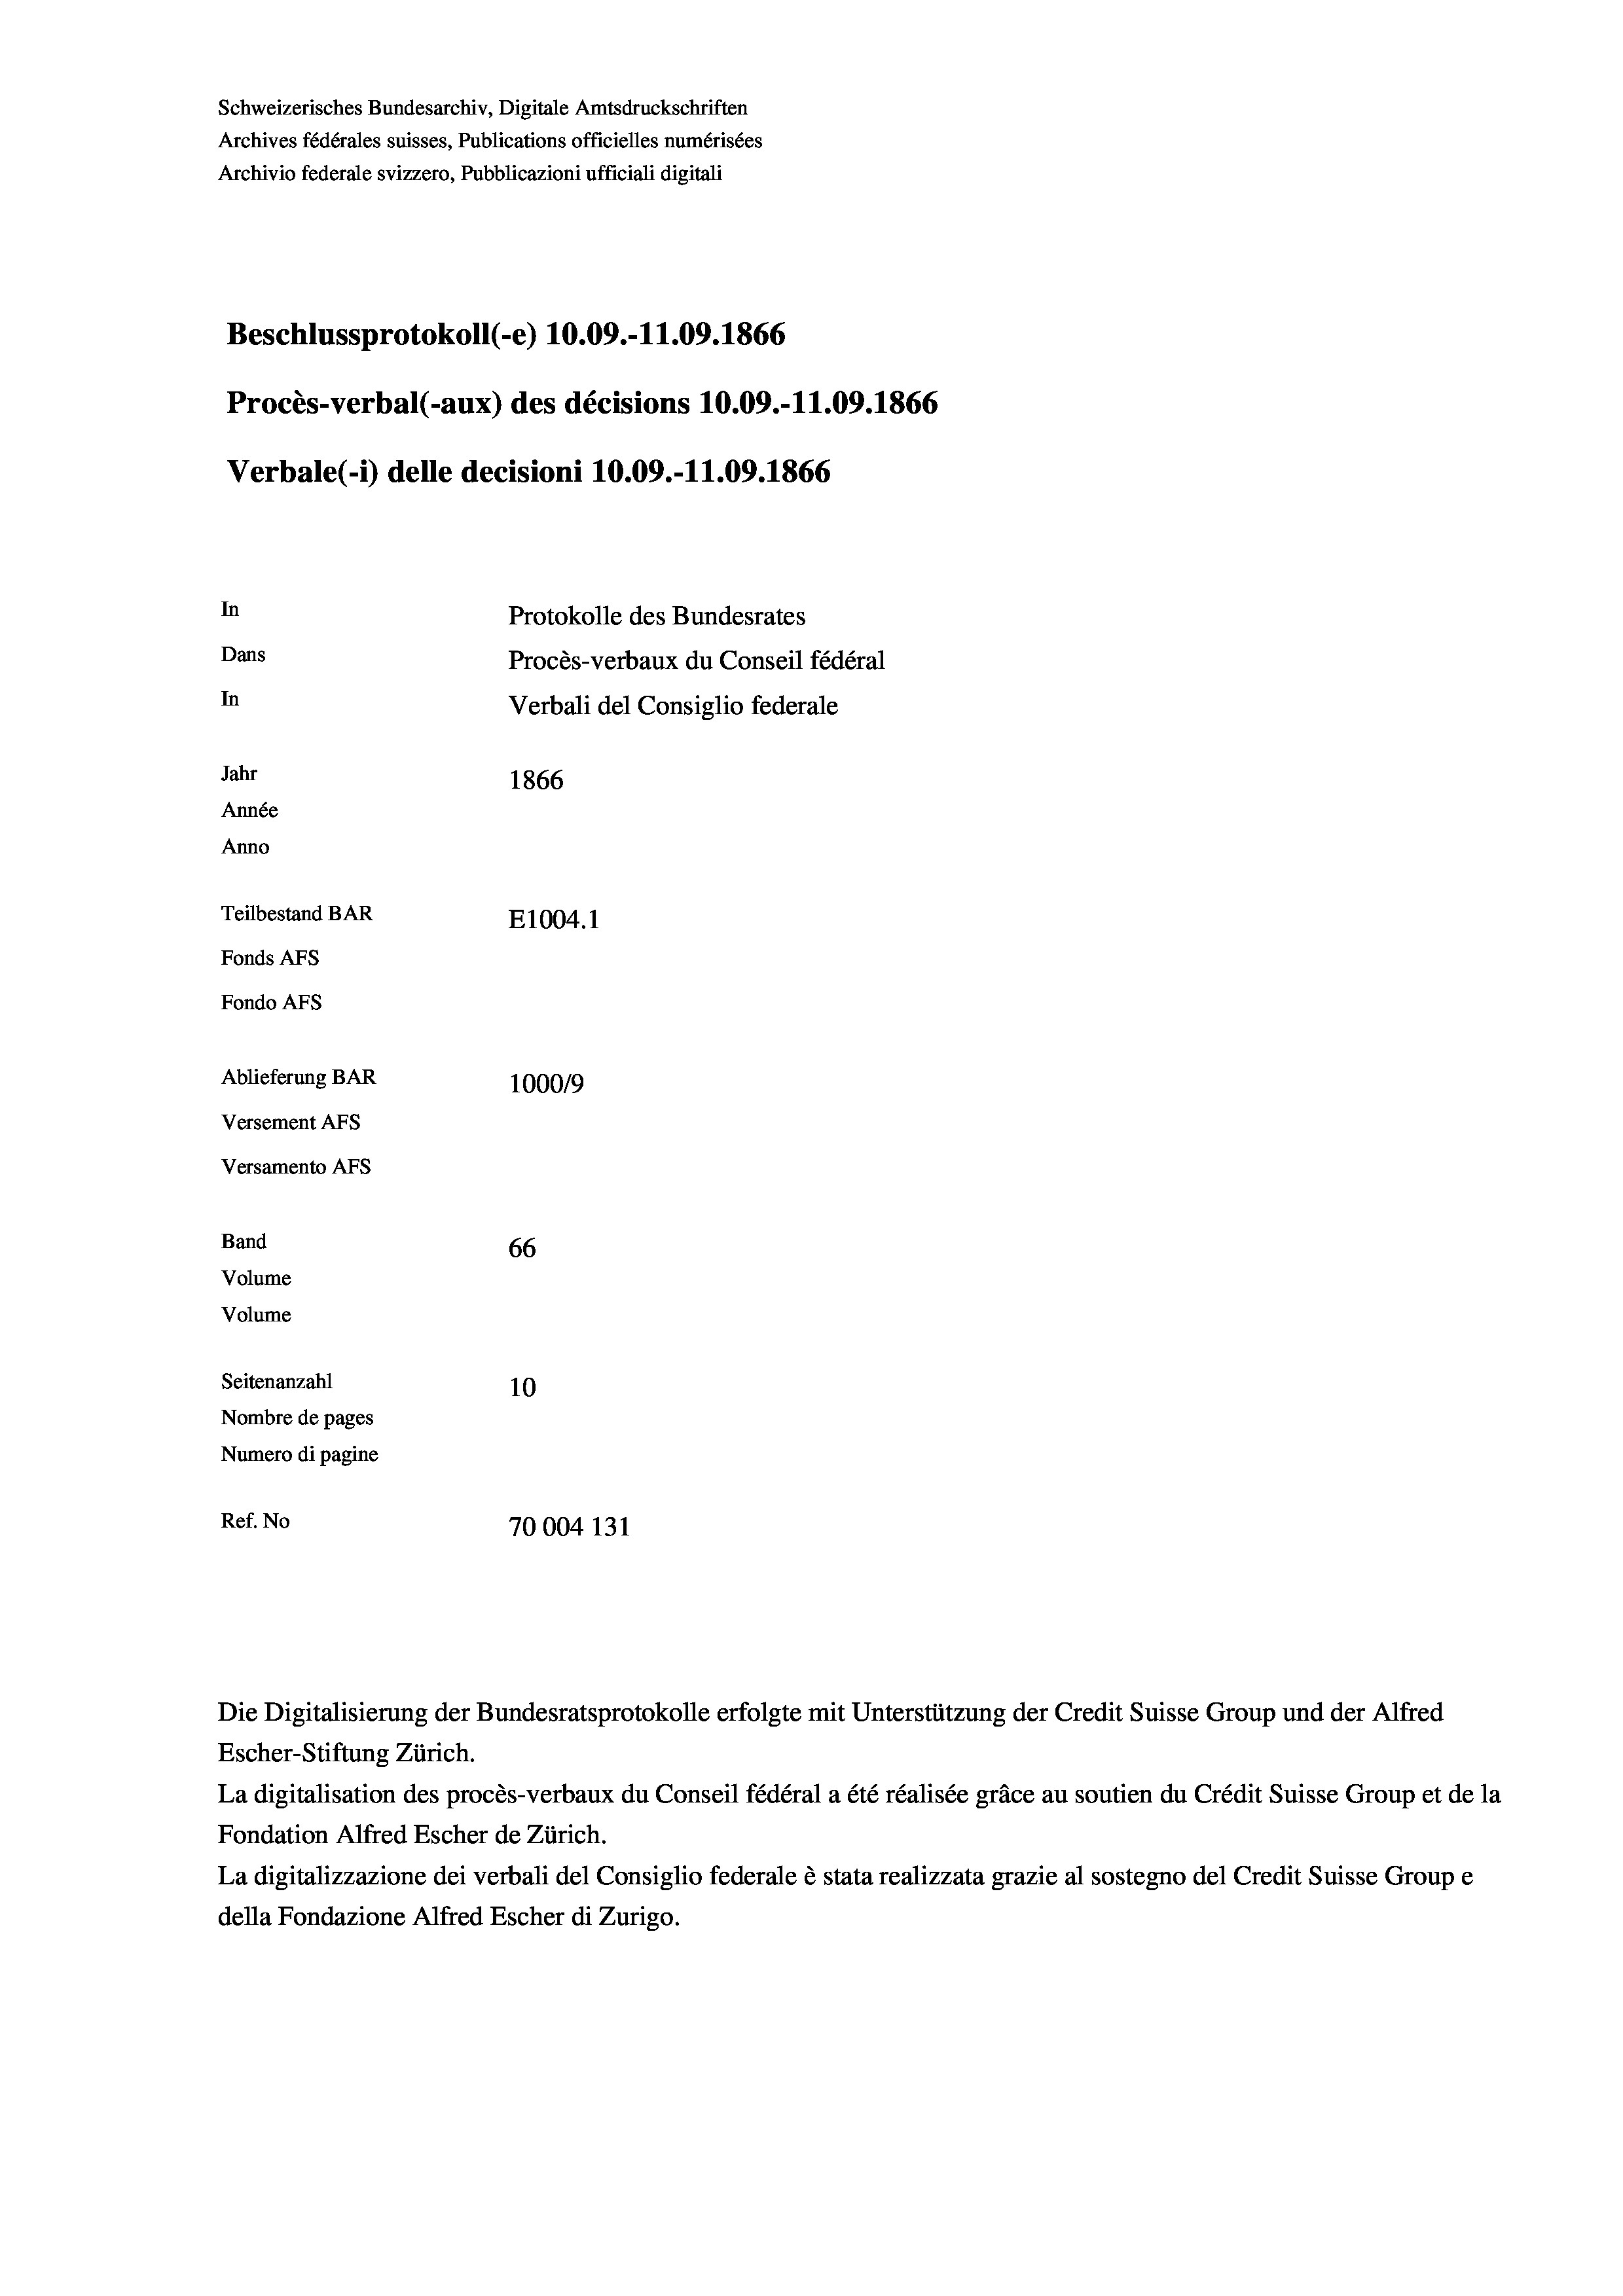
Schweizerisches Bundesarchiv, Digitale Amtsdruckschriften
Archives fédérales suisses, Publications officielles numérisées
Archivio federale svizzero, Pubblicazioni ufficiali digitali
Beschlussprotokoll (-e) 10.09.-11.09. 1866
Procès-verbal (-aux) des décisions 10.09.-11.09. 1866
Verbale (i) delle decisioni 10.09.-11.09. 1866
In
Protokolle des Bundesrates
Dans
Procès-verbaux du Conseil fédéral
In
Verbali del Consiglio federale
Jahr
1866
Année
Anno
Teilbestand BAR
E1004.1
Fonds AFs
Fondo Afs
Ablieferung BAR
100019
Versement AFs
Versamento AFs

66
10
Nombre de pages
Numero di pagine
Ref. No
70004 131

Band
Volume
Volume
Seitenanzahl

Die Digitalisierung der Bundesratsprotokolle erfolgte mit Unterstützung der Credit Suisse Group und der Alfred
Escher-Stiftung Zürich.
La digitalisation des procès-verbaux du Conseil fédéral a été réalisée gräce au soutien du Crédit Suisse Group et de la
Fondation Alfred Escher de Zürich.
La digitalizzazione dei verbali del Consiglio federale è stata realizzata grazie al sostegno del Credit Suisse Groupe
della Fondazione Alfred Escher di Zurigo.